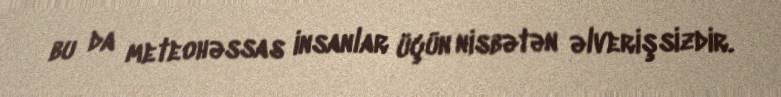
bu da meteohəssas insanlar üçün nisbətən əlverişsizdir.